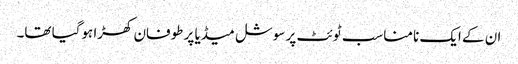
ان کے ایک نامناسب ٹوئٹ پر سوشل میڈیا پر طوفان کھڑا ہوگیا تھا۔